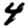
Digit: 4